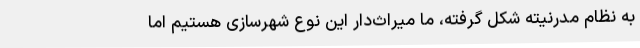
به نظام مدرنیته شکل گرفته، ما میراث‌دار این نوع شهرسازی هستیم اما